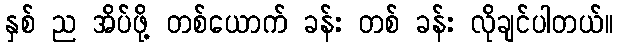
နှစ် ည အိပ်ဖို့ တစ်ယောက် ခန်း တစ် ခန်း လိုချင်ပါတယ်။